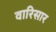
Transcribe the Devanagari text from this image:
वारिसार